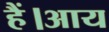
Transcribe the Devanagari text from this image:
हैं।आय